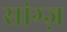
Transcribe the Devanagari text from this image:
सांग्ज़